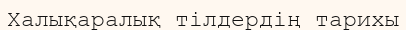
Халықаралық тілдердің тарихы